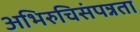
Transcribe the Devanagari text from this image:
अभिरुचिसंपन्नता